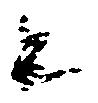
と